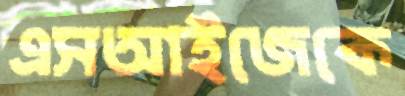
এসআইজেকে